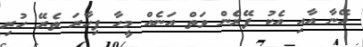
އޭނާ އާއި އެކު ފޭރެން ވަތް އަނެއް މީހާ ފިހާރަ ތެރޭ ހުރި